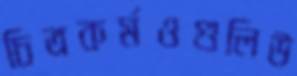
চিত্রকর্মওগুলিউ